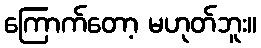
ကြောက်တော့ မဟုတ်ဘူး။